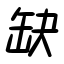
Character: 缺